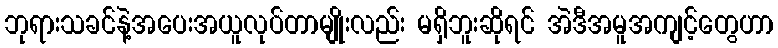
ဘုရားသခင်နဲ့အပေးအယူလုပ်တာမျိုးလည်း မရှိဘူးဆိုရင် အဲဒီအမူအကျင့်တွေဟာ